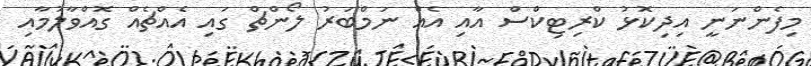
މިފެންނަނީ އިދިކޮޅު ކްރިޓިކްސް އާއި އެއް ނަމްބަރު ލޯންޗް ގައި އެއްޗެއް ގޮއްވާލުމާއި